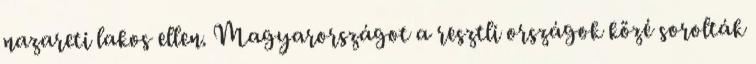
nazareti lakos ellen. Magyarországot a resztli országok közé sorolták